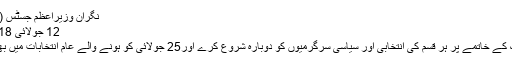
نگران وزیراعظم جسٹس (ر)ناصر الملک
12 جولائی 2018 (12:44)
تین روزہ سوگ کے خاتمے پر ہر قسم کی انتخابی اور سیاسی سرگرمیوں کو دوبارہ شروع کرے اور25 جولائی کو ہونے والے عام انتخابات میں بھرپور حصہ ...